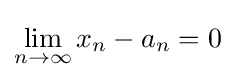
\lim _{n\rightarrow \infty }x_{n}-a_{n}=0